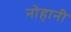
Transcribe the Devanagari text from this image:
नोहानी